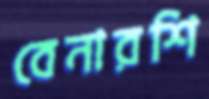
বেনারশি